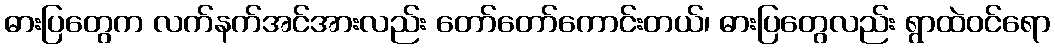
ဓားပြတွေက လက်နက်အင်အားလည်း တော်တော်ကောင်းတယ်၊ ဓားပြတွေလည်း ရွာထဲဝင်ရော